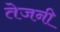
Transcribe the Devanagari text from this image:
तेजनी